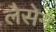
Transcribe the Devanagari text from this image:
लैसेन